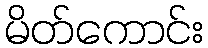
မိတ်ကောင်း